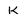
Character: K